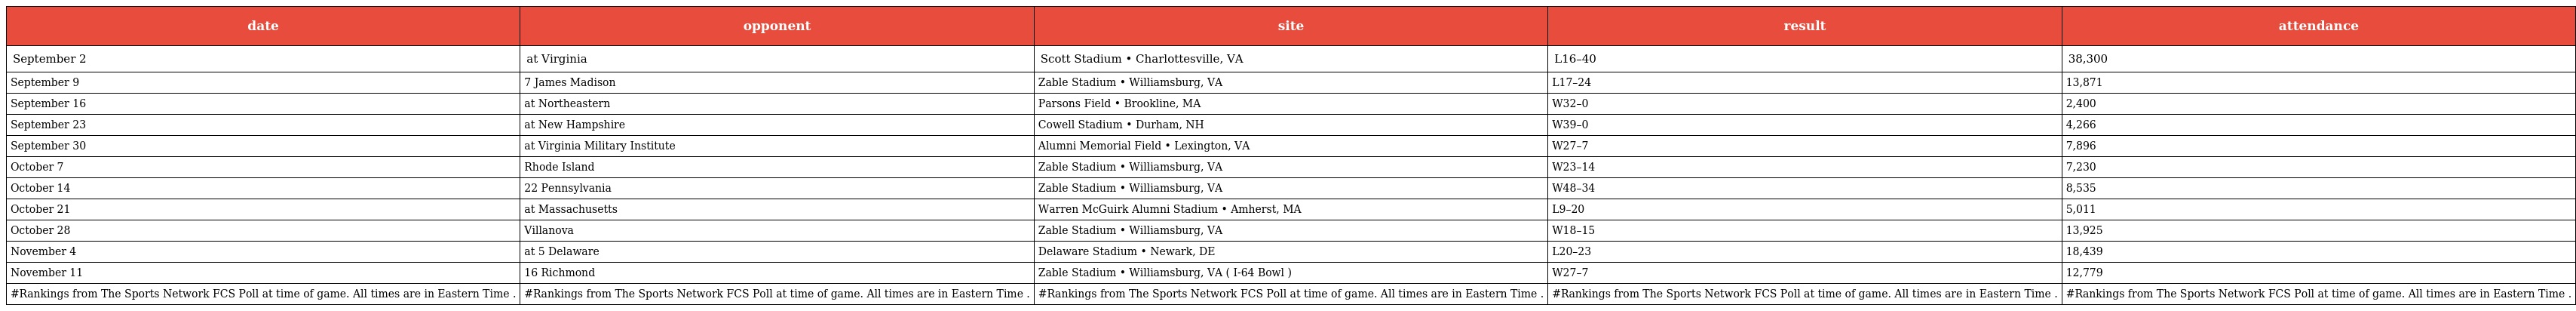
| date | opponent | site | result | attendance |
 | --- | --- | --- | --- | --- |
 | September 2 | at Virginia | Scott Stadium • Charlottesville, VA | L16–40 | 38,300 |
 | September 9 | 7 James Madison | Zable Stadium • Williamsburg, VA | L17–24 | 13,871 |
 | September 16 | at Northeastern | Parsons Field • Brookline, MA | W32–0 | 2,400 |
 | September 23 | at New Hampshire | Cowell Stadium • Durham, NH | W39–0 | 4,266 |
 | September 30 | at Virginia Military Institute | Alumni Memorial Field • Lexington, VA | W27–7 | 7,896 |
 | October 7 | Rhode Island | Zable Stadium • Williamsburg, VA | W23–14 | 7,230 |
 | October 14 | 22 Pennsylvania | Zable Stadium • Williamsburg, VA | W48–34 | 8,535 |
 | October 21 | at Massachusetts | Warren McGuirk Alumni Stadium • Amherst, MA | L9–20 | 5,011 |
 | October 28 | Villanova | Zable Stadium • Williamsburg, VA | W18–15 | 13,925 |
 | November 4 | at 5 Delaware | Delaware Stadium • Newark, DE | L20–23 | 18,439 |
 | November 11 | 16 Richmond | Zable Stadium • Williamsburg, VA ( I-64 Bowl ) | W27–7 | 12,779 |
 | #Rankings from The Sports Network FCS Poll at time of game. All times are in Eastern Time . | #Rankings from The Sports Network FCS Poll at time of game. All times are in Eastern Time . | #Rankings from The Sports Network FCS Poll at time of game. All times are in Eastern Time . | #Rankings from The Sports Network FCS Poll at time of game. All times are in Eastern Time . | #Rankings from The Sports Network FCS Poll at time of game. All times are in Eastern Time . |